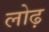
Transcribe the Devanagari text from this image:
लोढ़